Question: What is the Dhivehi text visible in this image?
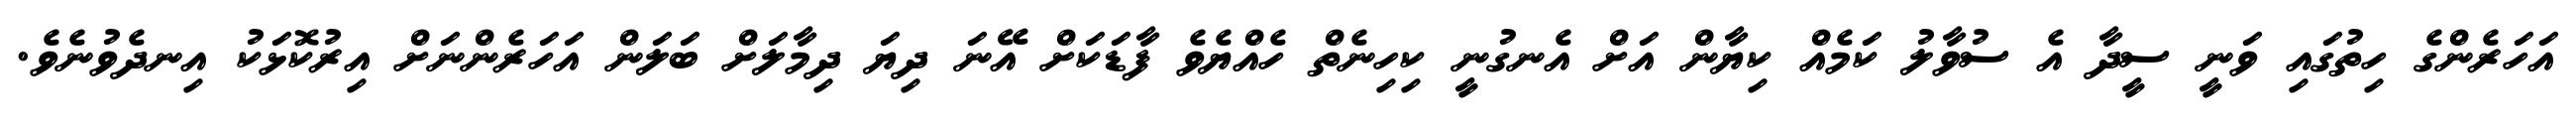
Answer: އަހަރެންގެ ހިތުގައި ވަނީ ސީދާ އެ ސުވާލު ކަމެއް ކިޔާން އަށް އެނގުނީ ކިހިނެތް ހެއްޔެވެ ފާޑަކަށް އޭނަ ދިޔަ ދިމާލަށް ބަލަން އަހަރެންނަށް އިރުކޮޅަކު އިނދެވުނެވެ.